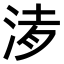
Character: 𣵒